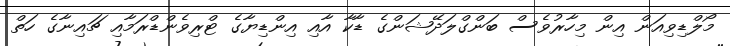
މޯލްޑިވިއަން އިން މިހާރުވެސް ބަންގްލަދޭޝަންގެ ޑާކާ އާއި އިންޑިޔާގެ ޓްރިވެންޑްރަމާއި ޗައިނާގެ ހަތް